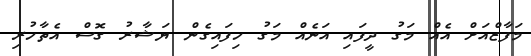
މަފާޒްއަށް އެއް މަގު ދީފައި އަނެއް މަގު ހިފައިގެން ޔަޝާރު ގޮސް އެތާހުރި